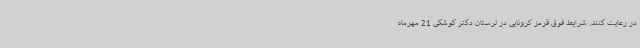
در رعایت کنند. شرایط فوق قرمز کرونایی در لرستان دکتر کوشکی 21 مهرماه